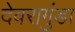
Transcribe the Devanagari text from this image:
देवरागुंडा